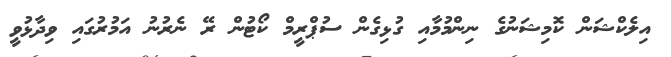
އިލެކްޝަން ކޮމިޝަނުގެ ނިންމުމާއި ގުޅިގެން ސުޕްރީމް ކޯޓުން ރޭ ނެރުނު އަމުރުގައި ވިދާޅުވީ